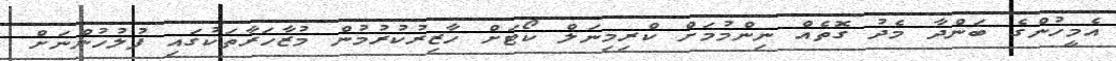
އެމީހުންގެ ބަންދާ މެދު ގޮތެއް ނިންމުމަށް ކްރިމިނަލް ކޯޓަށް ހާޒިރުކުރުމުން މުޒާހަރާތަކުގައި ފުލުހުންނަށް